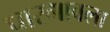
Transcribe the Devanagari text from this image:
पारगावला